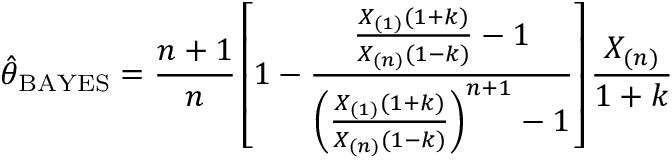
{ \hat { \theta } } _ { \mathrm { B A Y E S } } = { \frac { n + 1 } { n } } \left[ 1 - { \frac { { \frac { X _ { ( 1 ) } ( 1 + k ) } { X _ { ( n ) } ( 1 - k ) } } - 1 } { \left( { \frac { X _ { ( 1 ) } ( 1 + k ) } { X _ { ( n ) } ( 1 - k ) } } \right) ^ { n + 1 } - 1 } } \right] { \frac { X _ { ( n ) } } { 1 + k } }